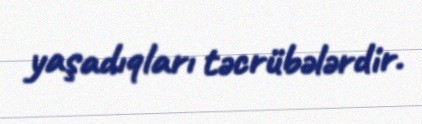
yaşadıqları təcrübələrdir.